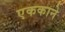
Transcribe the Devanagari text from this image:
एककाने